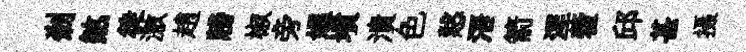
剎煞徙激趙牓椒旁媪墳潰色慤浯箭涅藿邱甚摄